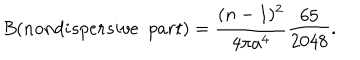
B ( n o n d i s p e r s i v e ~ ~ p a r t ) = \frac { ( n - 1 ) ^ { 2 } } { 4 \pi a ^ { 4 } } \frac { 6 5 } { 2 0 4 8 } .